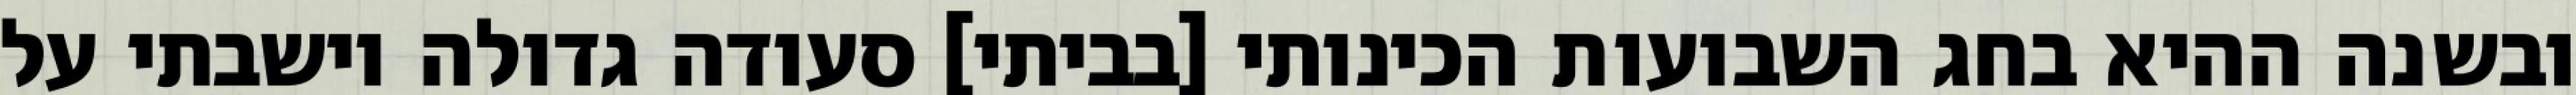
ובשנה ההיא בחג השבועות הכינותי [בביתי] סעודה גדולה וישבתי על